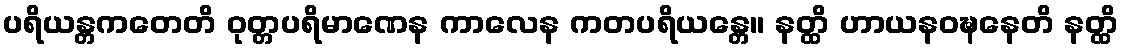
ပရိယန္တကတေတိ ဝုတ္တပရိမာဏေန ကာလေန ကတပရိယန္တေ။ နတ္ထိ ဟာယနဝဍ္ဎနေတိ နတ္ထိ